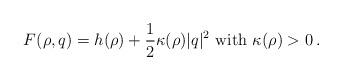
LaTeX: \begin{align*}F(\rho, q ) = h(\rho ) + \frac{1}{2} \kappa(\rho) |q|^2 \mbox{ with $\kappa (\rho) > 0$}\, .\end{align*}